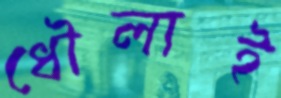
ধৌলাই